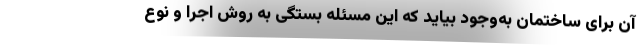
آن برای ساختمان به‌وجود بیاید که این مسئله بستگی به روش اجرا و نوع